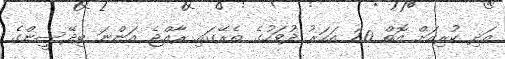
އަދި ކުރިއަށް އޮތް 20 އަހަރު ދުވަހުގެ ތެރޭގައި ރާއްޖެ އަންނަ ބިދޭސީންގެ